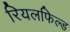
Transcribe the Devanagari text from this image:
रियलफिल्ड